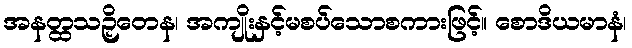
အနတ္ထသဉှိတေန၊ အကျိုးနှင့်မစပ်သောစကားဖြင့်။ စောဒိယမာနံ၊